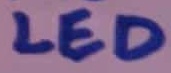
Text: LED